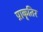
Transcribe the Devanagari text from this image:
प्राकृतिर